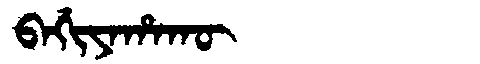
Manchu: ᠪᠠᡤᡳᠶᠠᡥᠠᡴᡡ
Romanization: BAGIYAHAKŪ